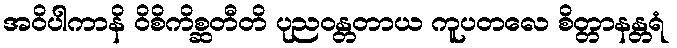
အဝိပါကာနိ ဝိစိကိစ္ဆတီတိ ပုညဝန္တတာယ ကူပတလေ စိတ္တာနန္တရံ